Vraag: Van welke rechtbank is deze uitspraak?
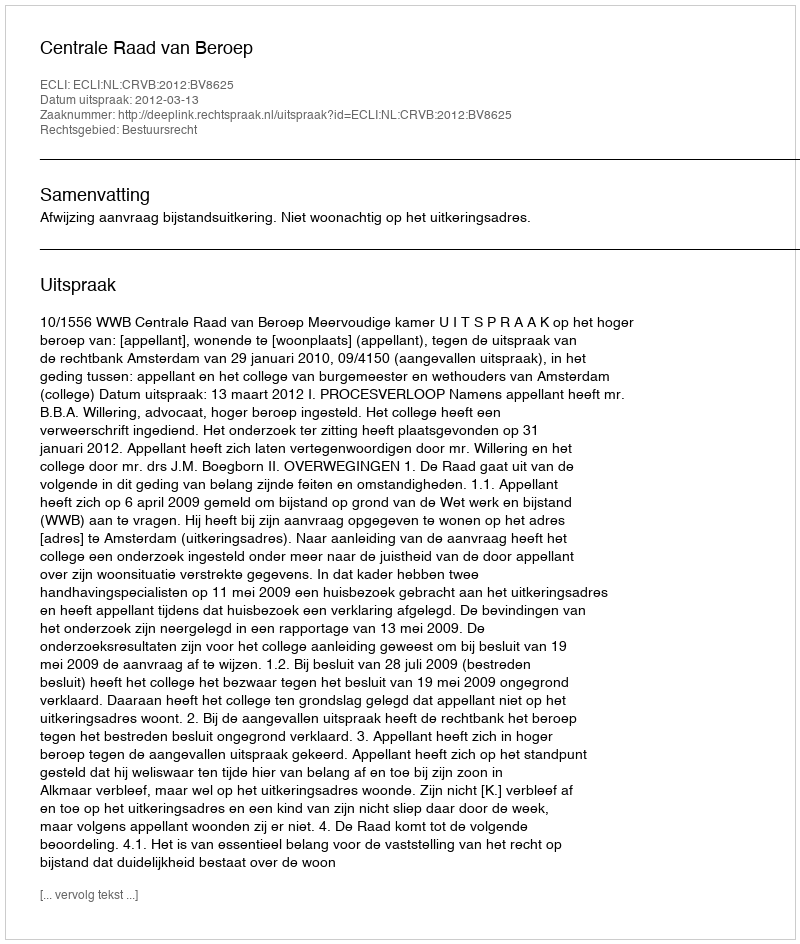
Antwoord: Centrale Raad van Beroep